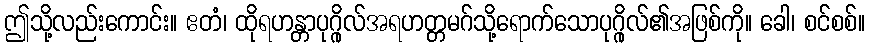
ဤသို့လည်းကောင်း။ ဧတံ၊ ထိုရဟန္တာပုဂ္ဂိုလ်အရဟတ္တမဂ်သို့ရောက်သောပုဂ္ဂိုလ်၏အဖြစ်ကို။ ခေါ၊ စင်စစ်။